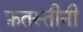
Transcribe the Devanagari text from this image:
फ़तस्तीनी